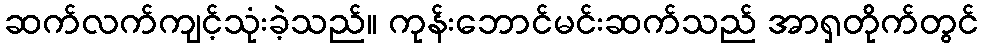
ဆက်လက်ကျင့်သုံးခဲ့သည်။ ကုန်းဘောင်မင်းဆက်သည် အာရှတိုက်တွင်